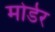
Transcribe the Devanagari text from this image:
मोर्डर